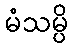
မံသမ္ပိ